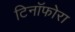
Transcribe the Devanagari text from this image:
टिनॉफोरा